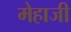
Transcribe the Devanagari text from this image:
मेहाजी